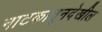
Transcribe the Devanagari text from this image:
नाटकांतूनदेखील